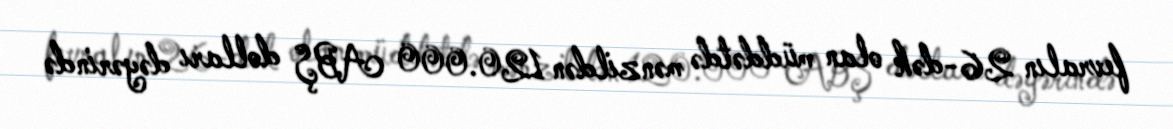
fevralın 26-dək olan müddətdə mənzildən 120.000 ABŞ dolları dəyərində